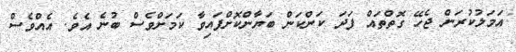
އަމަލުކުރަން ޖެހޭ ގޮތްތައް ފަދަ ކަންކަން ބަޔާންކޮށްފައިވާ ކަމަށްވެސް ބުނެ އެވެ. އެއްވެސް